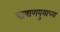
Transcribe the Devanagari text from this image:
पाषाणयुगाच्या